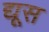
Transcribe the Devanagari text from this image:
द्यूस